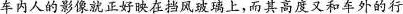
车内人的影像就正好映在挡风玻璃上，而其高度又和车外的行